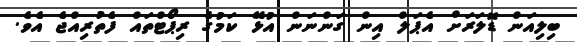
ބިލިއަން ޑޮލަރަށް އެޕަލް އިން ގަންނަން އުޅޭ ކަމުގެ ރިޕޯޓްތައް ފެތުރިއްޖެ އެވެ.